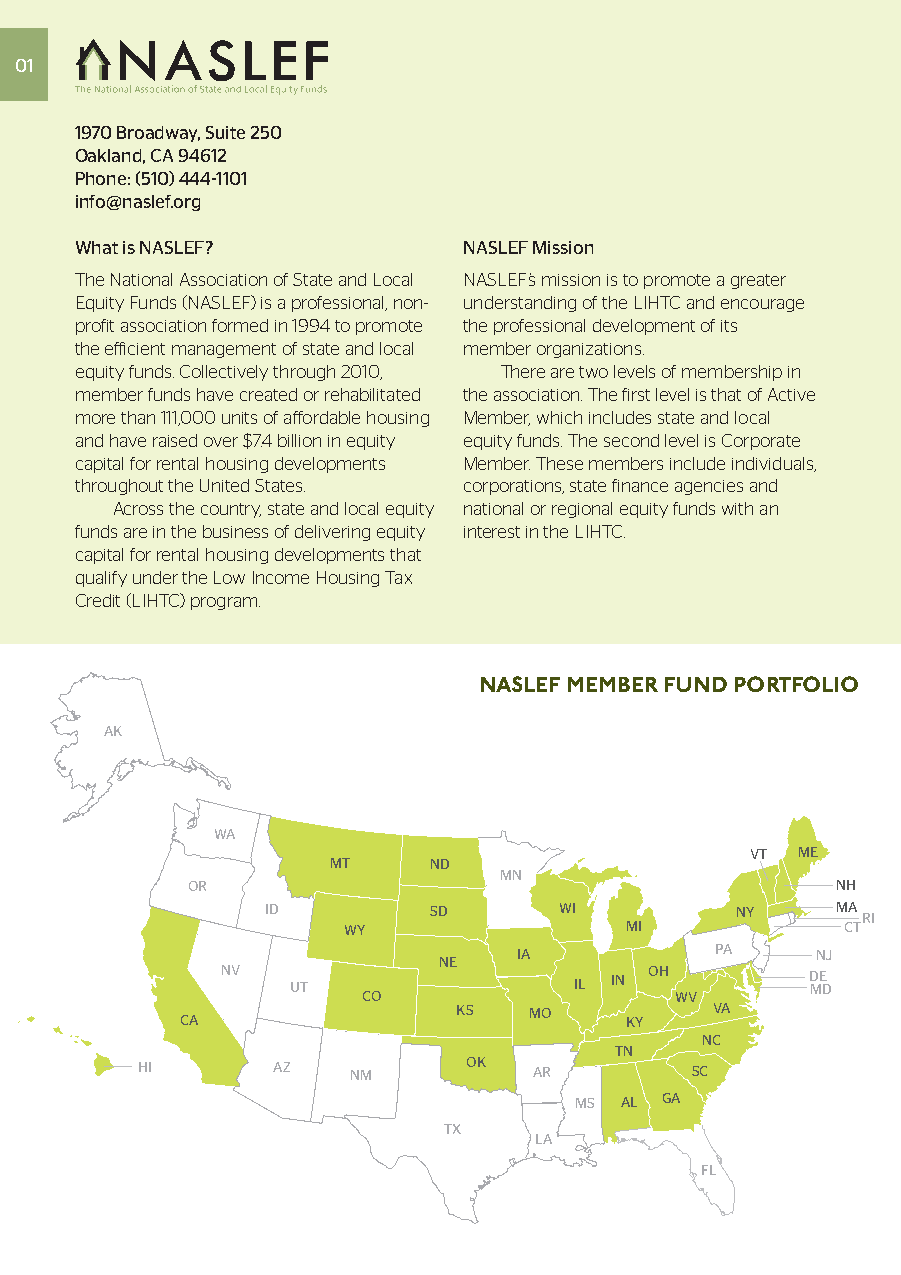
01
 1970 Broadway, Suite 250
 Oakland, CA 94612
 Phone: (510) 444-1101
 info@naslef.org
 What is NASLEF?           NASLEF Mission
 The National Association of State and Local NASLEF’s mission is to promote a greater
 Equity Funds (NASLEF) is a professional, non- understanding of the LIHTC and encourage
 profit association formed in 1994 to promote the professional development of its
 the efficient management of state and local member organizations.
 equity funds. Collectively through 2010, There are two levels of membership in
 member funds have created or rehabilitated the association. The first level is that of Active
 more than 111,000 units of affordable housing Member, which includes state and local
 and have raised over $7.4 billion in equity equity funds. The second level is Corporate
 capital for rental housing developments Member. These members include individuals,
 throughout the United States. corporations, state finance agencies and
 Across the country, state and local equity national or regional equity funds with an
 funds are in the business of delivering equity interest in the LIHTC.
 capital for rental housing developments that
 qualify under the Low Income Housing Tax
 Credit (LIHTC) program.
 NASLEF MEMBER FUND PORTFOLIO
 AK
 WA
 VT ME
 MT    ND
 MN
 OR                                         NH
 ID        SD       WI          NY    MA RI
 WY                MI             CT
 IA           PA     NJ
 NE
 NV  UT                 IL IN OH       D ME D
 CO                   WV
 KS   MO          VA
 CA                           KY
 NC
 TN
 HI       AZ   NM      OK  AR         SC
 MS AL GA
 TX
 LA
 FL